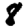
Digit: 8